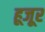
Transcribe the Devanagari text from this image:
हूजूर